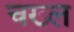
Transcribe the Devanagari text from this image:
चख्ल